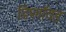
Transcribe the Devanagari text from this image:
डिप्लॉयड